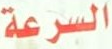
السرعة